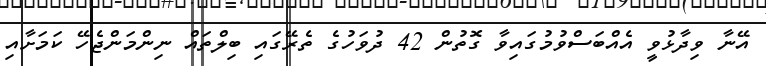
އޭނާ ވިދާޅުވީ އެއްބަސްވުމުގައިވާ ގޮތުން 42 ދުވަހުގެ ތެރޭގައި ބިލްތައް ނިންމަންޖެހޭ ކަމަށާއި